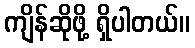
ကျိန်ဆိုဖို့ ရှိပါတယ်။